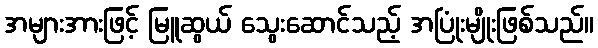
အများအားဖြင့် မြူဆွယ် သွေးဆောင်သည့် အပြုံးမျိုးဖြစ်သည်။